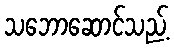
သဘောဆောင်သည့်